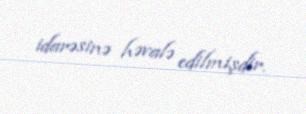
idarəsinə həvalə edilmişdir.